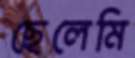
ছেলেমি